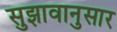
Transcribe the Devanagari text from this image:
सुझावानुसार